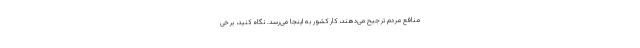
منافع مردم ترجیح می‌دهند، کار کشور به اینجا می‌رسد. نگاه کنید، برخی